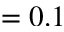
= 0 . 1